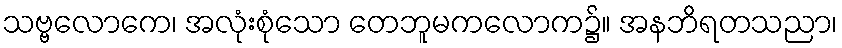
သဗ္ဗလောကေ၊ အလုံးစုံသော တေဘူမကလောက၌။ အနဘိရတသညာ၊